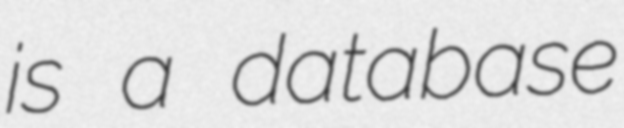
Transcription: is a database